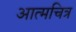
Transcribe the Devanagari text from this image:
आत्मचित्र